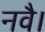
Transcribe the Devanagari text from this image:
नवै।